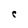
Character: c